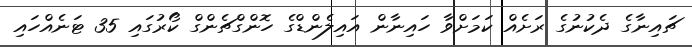
ޗައިނާގެ ދެކުނުގެ ރަށެއް ކަމަށްވާ ހައިނާން އައިލެންޑްގެ ހޮންގްޗެންގް ކޯރުގައި 35 ޓަނެއްހައި